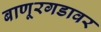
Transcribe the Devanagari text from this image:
बाणूरगडावर